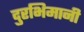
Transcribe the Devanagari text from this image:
दुरभिमानी